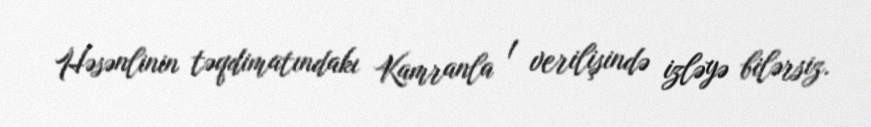
Həsənlinin təqdimatındakı Kamranla 1 verilişində izləyə bilərsiz.